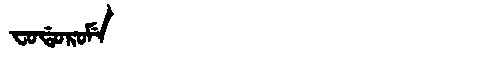
Manchu: ᠸᠣᡩᠣᡵᠣᠮᡝ
Romanization: FODOROME